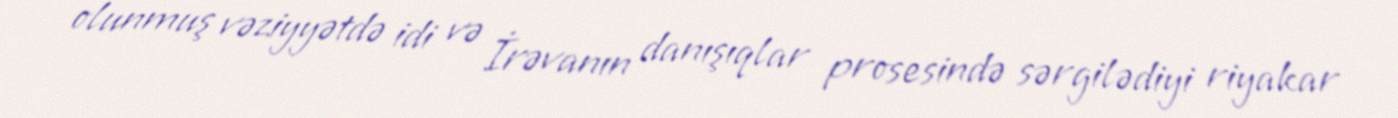
olunmuş vəziyyətdə idi və İrəvanın danışıqlar prosesində sərgilədiyi riyakar